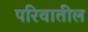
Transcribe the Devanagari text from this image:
परिवातील